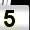
Digit: 5